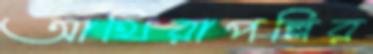
আথিরাপল্লির